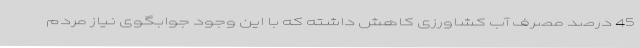
45 درصد مصرف آب کشاورزی کاهش داشته که با این وجود جوابگوی نیاز مردم